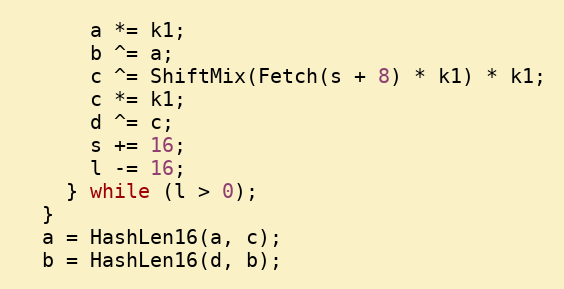
Language: C++
      a *= k1;
      b ^= a;
      c ^= ShiftMix(Fetch(s + 8) * k1) * k1;
      c *= k1;
      d ^= c;
      s += 16;
      l -= 16;
    } while (l > 0);
  }
  a = HashLen16(a, c);
  b = HashLen16(d, b);